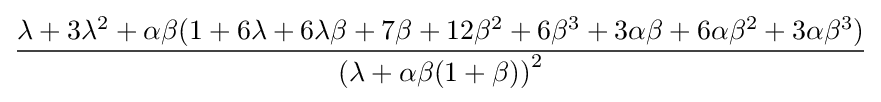
{\frac {\lambda +3\lambda ^{2}+\alpha \beta (1+6\lambda +6\lambda \beta +7\beta +12\beta ^{2}+6\beta ^{3}+3\alpha \beta +6\alpha \beta ^{2}+3\alpha \beta ^{3})}{\left(\lambda +\alpha \beta (1+\beta )\right)^{2}}}